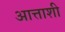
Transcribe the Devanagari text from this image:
आत्ताशी